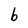
Character: b